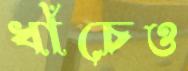
ধাঁচেও